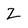
Character: Z